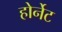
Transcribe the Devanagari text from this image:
होर्नेट